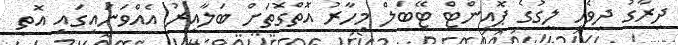
ދިރާގު ދިވެހި ލީގުގެ ޕޮއިންޓް ޓޭބަލް މިހާރު އޮތްގޮތަށް ބަލާއިރު އެއްވަނައިގައި އޮތީ